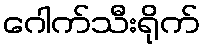
ဂေါက်သီးရိုက်